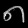
Digit: ၈